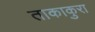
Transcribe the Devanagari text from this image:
ताकाकुरा